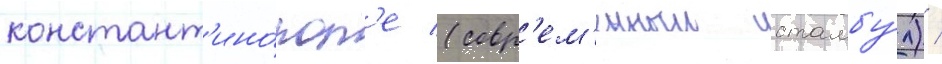
констант'ино́пол'е (совр'ем'енныи стамбу́л) /